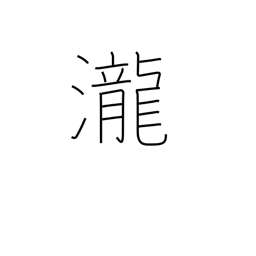
Meaning: rapids